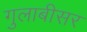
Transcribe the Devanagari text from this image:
गुलाबीसर